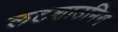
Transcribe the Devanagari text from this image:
लटशाउनिग